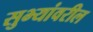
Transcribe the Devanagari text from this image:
सुभ्यांवरील